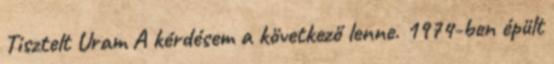
Tisztelt Uram A kérdésem a következő lenne. 1974-ben épült